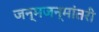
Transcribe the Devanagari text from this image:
जन्मजन्मांतरी